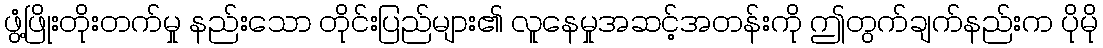
ဖွံ့ဖြိုးတိုးတက်မှု နည်းသော တိုင်းပြည်များ၏ လူနေမှုအဆင့်အတန်းကို ဤတွက်ချက်နည်းက ပိုမို